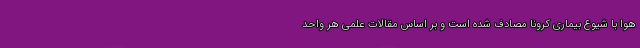
هوا با شیوع بیماری کرونا مصادف شده است و بر اساس مقالات علمی هر واحد